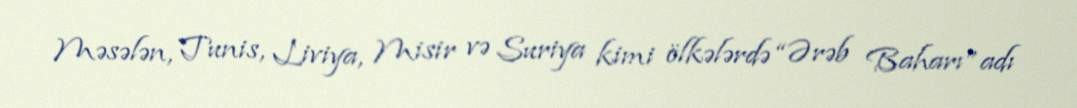
Məsələn, Tunis, Liviya, Misir və Suriya kimi ölkələrdə “Ərəb Baharı” adı